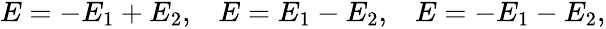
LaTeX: \begin{array}{lll}{{E=-E_{1}+E_{2},}}&{{E=E_{1}-E_{2},}}&{{E=-E_{1}-E_{2},}}\end{array}